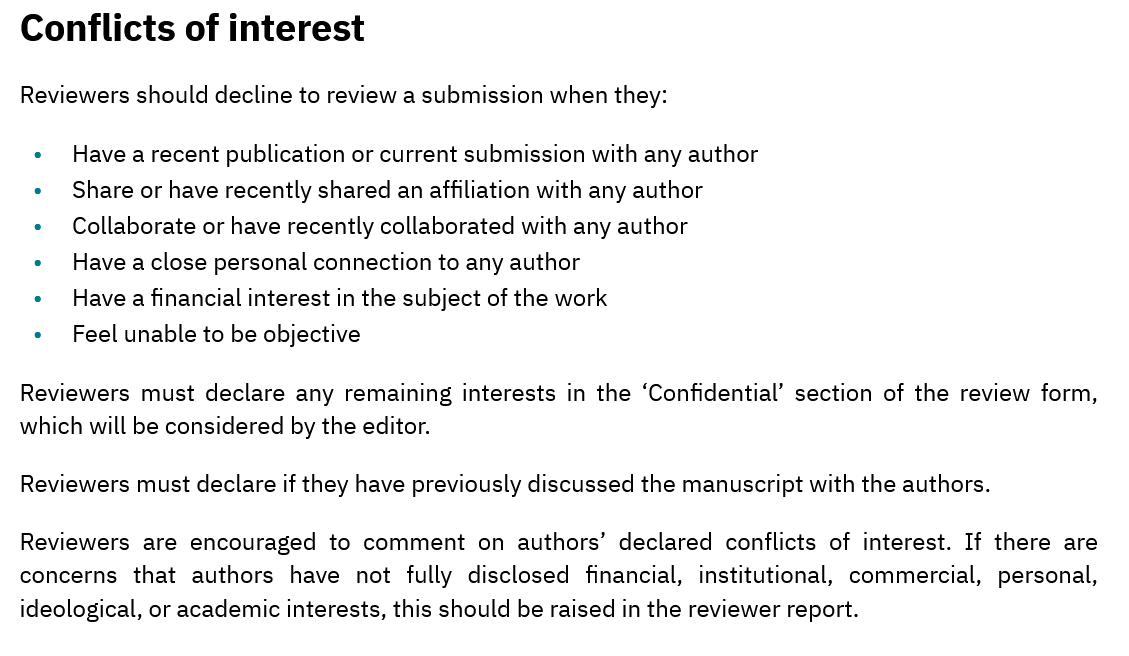
Conflicts    of interest
  Reviewers should decline to review a submission when they:
   *  Have
  a
     recent publication or current submission with any author
   *  Share or have recently shared an affiliation with any author
   *  Collaborate or have recently collaborated with any author
   *  Have aclose personal connection to any author
   ¢  Have
  a
     financial interest in the subject of the work
   e  Feel unable to be objective
  Reviewers must declare any remaining interests in the ‘Confidential’ section of the review form,
  which will be considered by the editor.
  Reviewers must declare if they have previously discussed the manuscript with the authors.
  Reviewers are encouraged to comment on authors’ declared conflicts of interest. If there are
  concerns that authors have not fully disclosed financial, institutional, commercial, personal,
  ideological, or academic interests, this should be raised in the reviewer report.